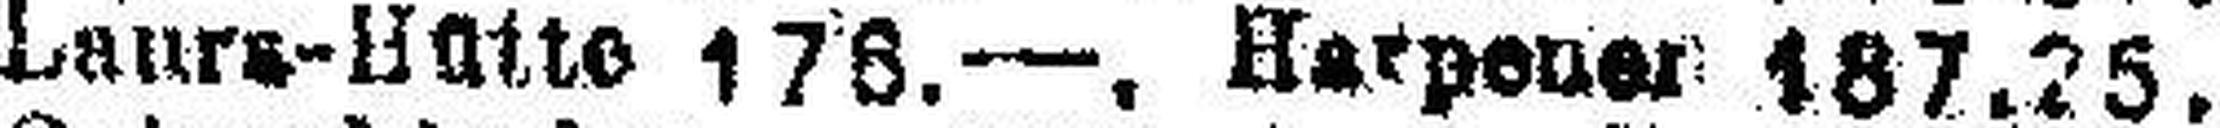
Laura-Hatte 176.—. Harpener 187.25.